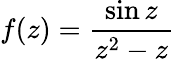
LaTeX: f(z)={\frac{\sin z}{z^{2}-z}}